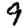
Digit: 9